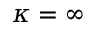
\kappa = \infty